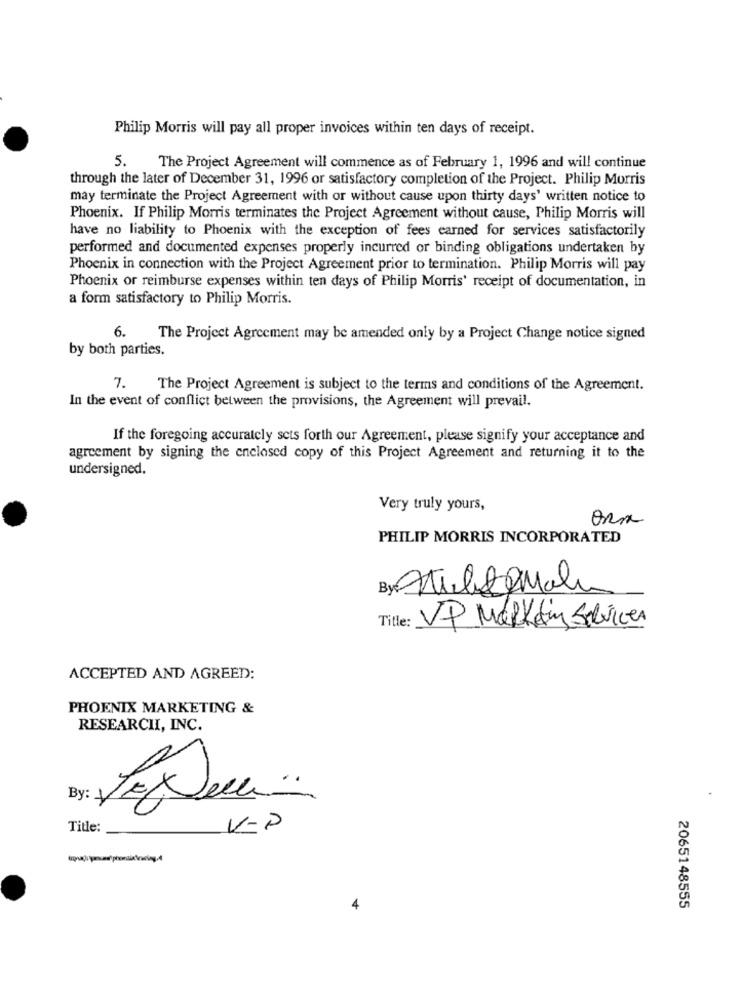
Philip Morris will pay all proper invoices within ten days of receipt.
5.
The Project Agreement will commence as of February 1, 1996 and will continue
through the later of December 31, 1996 or satisfactory completion of the Project. Philip Morris
may terminate the Project Agreement with or without cause upon thirty days' written notice to
Phoenix. If Philip Morris terminates the Project Agreement without cause, Philip Morris will
have no liability to Phoenix with the exception of fees earned for services satisfactorily
performed and documented expenses properly incurred or binding obligations undertaken by
Phoenix in connection with the Project Agreement prior to termination. Philip Morris will pay
Phoenix or reimburse expenses within ten days of Philip Morris' receipt of documentation, in
a form satisfactory to Philip Morris.
6. The Project Agreement may be amended only by a Project Change notice signed
by both parties.
7.
The Project Agreement is subject to the terms and conditions of the Agreement.
In the event of conflict between the provisions, the Agreement will prevail.
If the foregoing accurately sets forth our Agreement, please signify your acceptance and
agreement by signing the enclosed copy of this Project Agreement and returning it to the
undersigned.
Very truly yours,
ora
PHILIP MORRIS INCORPORATED
By: Multe Male
Title: VP Marketing Services
ACCEPTED AND AGREED:
PHOENIX MARKETING &
RESEARCHI, INC.
Title:
VIP
2065148555